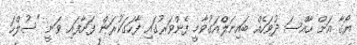
ޔޯގާ އަށް ހާއްސަ ދުވަހެއް ބައިނަލްއަގުވާމީ ފެންވަރުގައި ފާހަގަކުރަން ފަށާފައި ވަނީ "ސުލްހަ